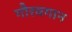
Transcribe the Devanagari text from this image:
गौरवगान